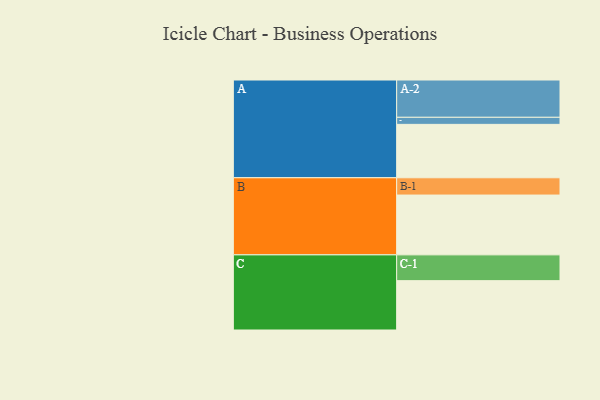
{"axis": {"x": "Segment", "y": "Value"}, "legend": ["", "A", "B", "C"], "data": [{"x": "A", "y": 408, "type": ""}, {"x": "B", "y": 457, "type": ""}, {"x": "C", "y": 377, "type": ""}, {"x": "A-1", "y": 54, "type": "A"}, {"x": "A-2", "y": 285, "type": "A"}, {"x": "B-1", "y": 132, "type": "B"}, {"x": "C-1", "y": 197, "type": "C"}]}